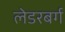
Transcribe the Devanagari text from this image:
लेडरबर्ग